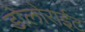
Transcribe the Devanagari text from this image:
डोलोराईट